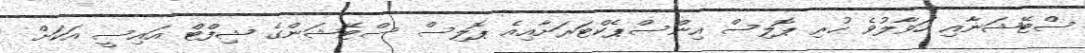
ސްޓޭޝަނާއި ހަވާލުވެ ހުރި ޕޮލިސް އިންސްޕެކްޓަރަށާއިއެ ޕޮލިސް ސްޓޭޝަންގެ ޝިފްޓް އައިސީ އަކަށް